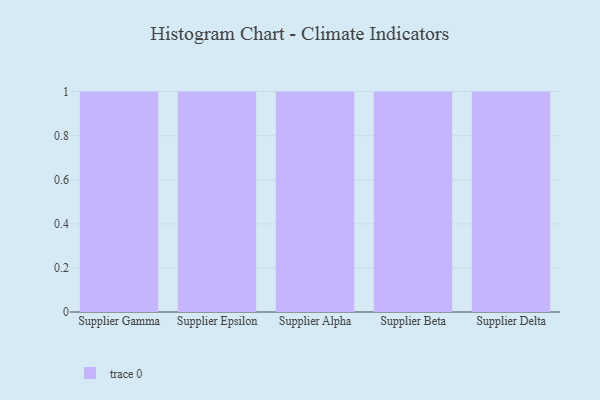
{"axis": {"x": "Supplier", "y": "Operating Costs (USD K)"}, "legend": [""], "data": [{"x": "Supplier Gamma", "y": 1, "type": ""}, {"x": "Supplier Epsilon", "y": 65, "type": ""}, {"x": "Supplier Alpha", "y": 51, "type": ""}, {"x": "Supplier Beta", "y": 74, "type": ""}, {"x": "Supplier Delta", "y": 56, "type": ""}]}